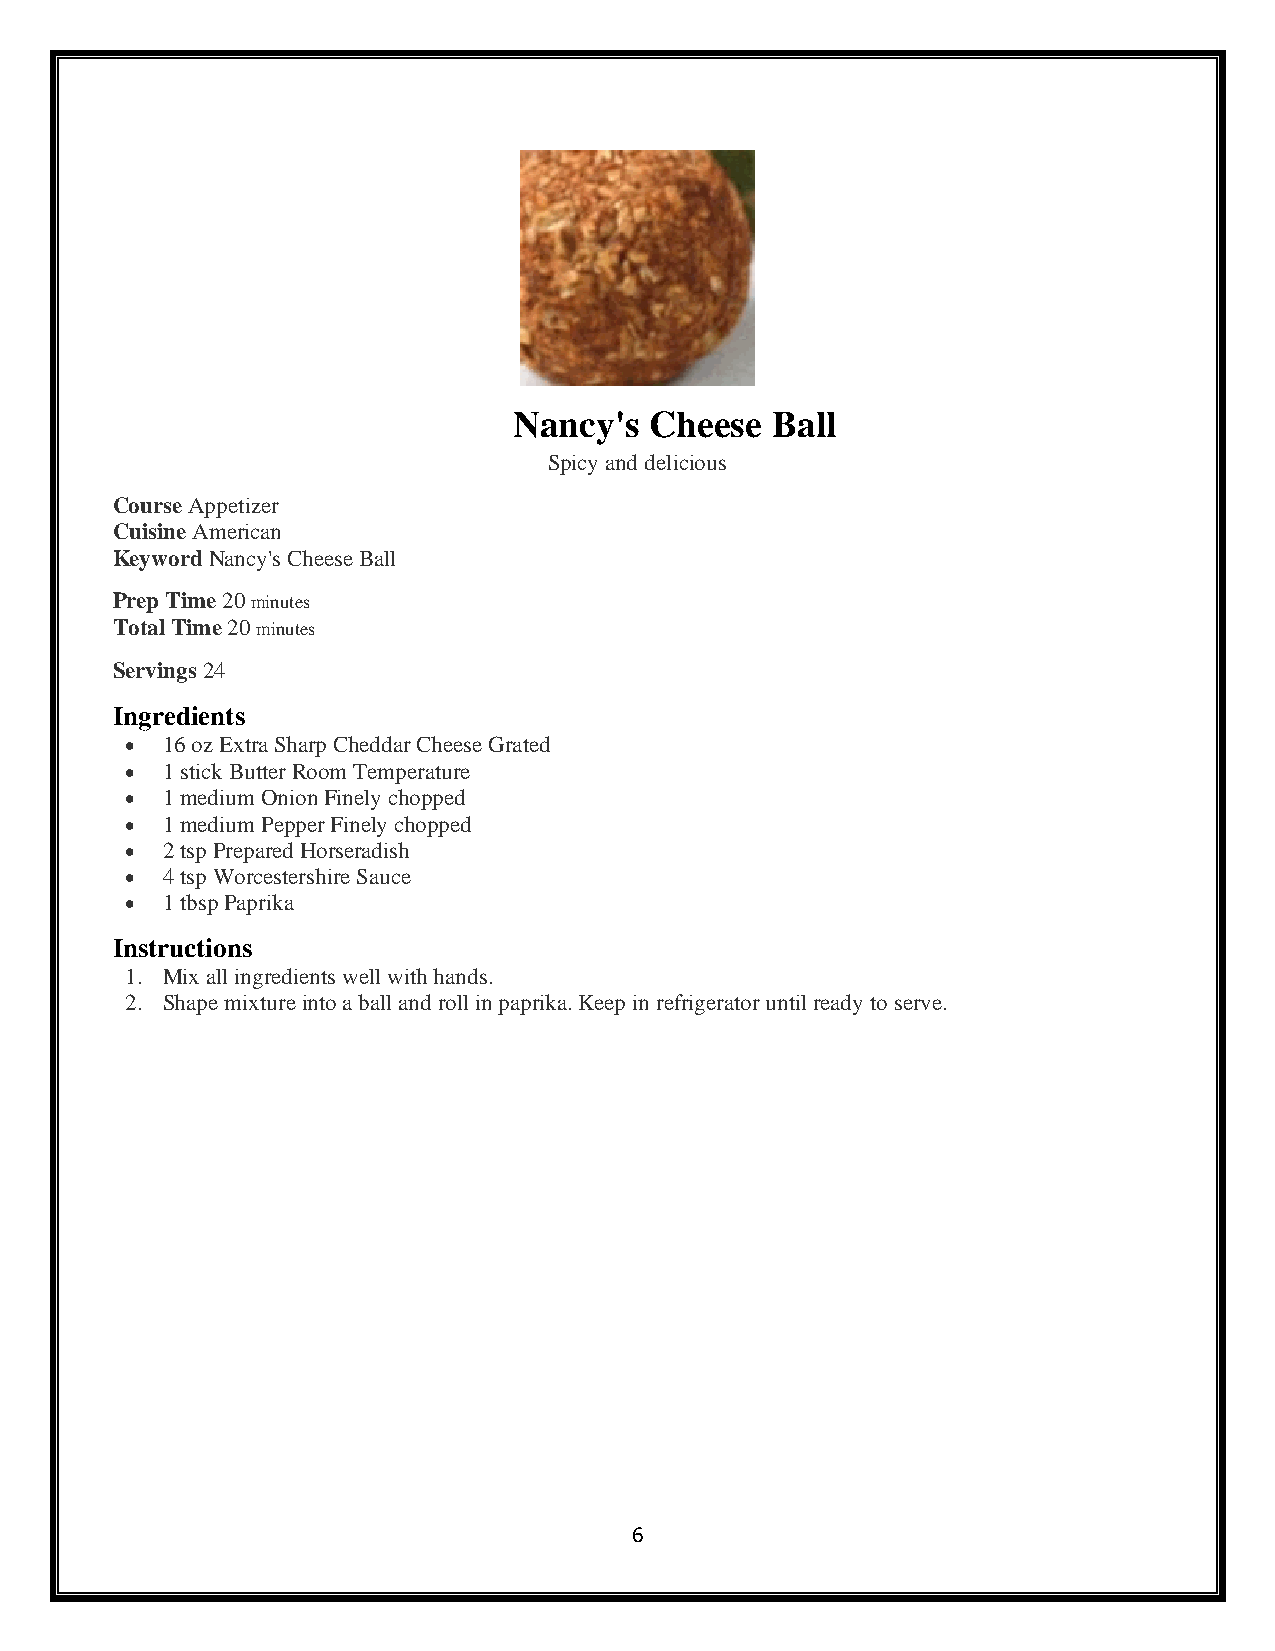
Nancy's  Cheese  Ball
 Spicy and delicious
 Course Appetizer
 Cuisine American
 Keyword Nancy's Cheese Ball
 Prep Time 20 minutes
 Total Time 20 minutes
 Servings 24
 Ingredients
 •  16 oz Extra Sharp Cheddar Cheese Grated
 •  1 stick Butter Room Temperature
 •  1 medium Onion Finely chopped
 •  1 medium Pepper Finely chopped
 •  2 tsp Prepared Horseradish
 •  4 tsp Worcestershire Sauce
 •  1 tbsp Paprika
 Instructions
 1. Mix all ingredients well with hands.
 2. Shape mixture into a ball and roll in paprika. Keep in refrigerator until ready to serve.
 6